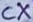
Text: CX